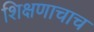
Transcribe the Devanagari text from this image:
शिक्षणाचाच